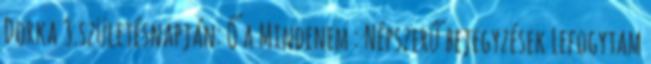
Dorka 3.születésnapján: Ő a Mindenem : Népszerű bejegyzések Lefogytam